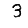
Digit: 3